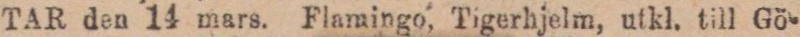
TAR den 14 mars. Flamingo, Tigerhjelm, utkl. till Gö-